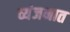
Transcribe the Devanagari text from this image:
व्यंजनात